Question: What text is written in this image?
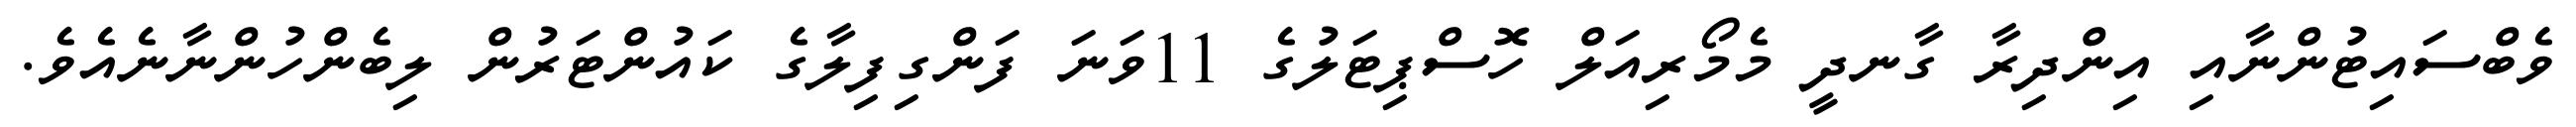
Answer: ވެބްސައިޓުންނާއި އިންދިރާ ގާނދީ މެމޯރިއަލް ހޮސްޕިޓަލުގެ 11ވަނަ ފަންގިފިލާގެ ކައުންޓަރުން ލިބެންހުންނާނެއެވެ.